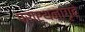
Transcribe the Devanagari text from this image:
प्रार्थनागृहे